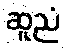
ဆူညံ